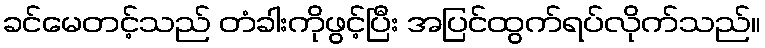
ခင်မေတင့်သည် တံခါးကိုဖွင့်ပြီး အပြင်ထွက်ရပ်လိုက်သည်။